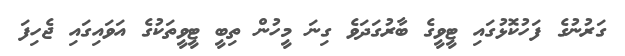
ގަރުނުގެ ފަހުކޮޅުގައި ޓީވީގެ ބާރުގަދަވެ ގިނަ މީހުން ތިބީ ޓީވީތަކުގެ އަވައިގައި ޖެހިފަ